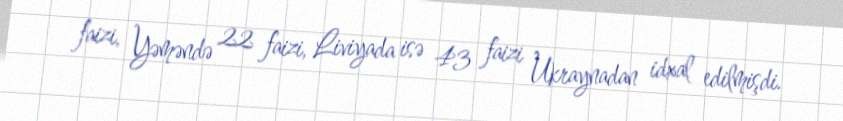
faizi, Yəməndə 22 faizi, Liviyada isə 43 faizi Ukraynadan idxal edilmişdi.